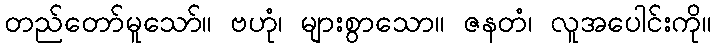
တည်တော်မူသော်။ ဗဟုံ၊ များစွာသော။ ဇနတံ၊ လူအပေါင်းကို။